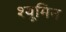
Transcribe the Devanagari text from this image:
श्यूमिन